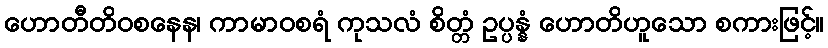
ဟောတီတိဝစနေန၊ ကာမာဝစရံ ကုသလံ စိတ္တံ ဥပ္ပန္နံ ဟောတိဟူသော စကားဖြင့်။